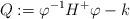
LaTeX: \begin{align*}Q:=\varphi^{-1}H^{+}\varphi-k \end{align*}